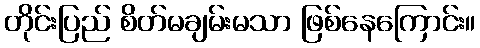
တိုင်းပြည် စိတ်မချမ်းမသာ ဖြစ်နေကြောင်း။